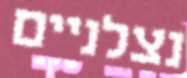
נצלניים